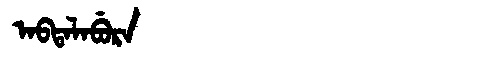
Manchu: ᠠᠪᡨᠠᠯᠠᠪᡠᡵᠠ
Romanization: ABTALABURA